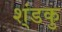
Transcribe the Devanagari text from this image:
श्ंडकु